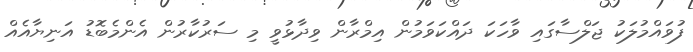
ފުވައްމުލަކު ޖަލްސާގައި ވާހަކަ ދައްކަވަމުން އިމްރާން ވިދާޅުވީ މި ސަރުކާރުން އެންމެބޮޑު އަނިޔާއެއް